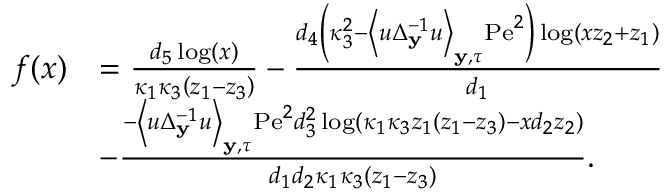
\begin{array} { r l } { f ( x ) } & { = \frac { d _ { 5 } \log ( x ) } { \kappa _ { 1 } \kappa _ { 3 } \left( z _ { 1 } - z _ { 3 } \right) } - \frac { d _ { 4 } \left( \kappa _ { 3 } ^ { 2 } - \left\langle u \Delta _ { \mathbf { y } } ^ { - 1 } u \right\rangle _ { \mathbf { y } , \tau } \mathrm { P e } ^ { 2 } \right) \log \left( x z _ { 2 } + z _ { 1 } \right) } { d _ { 1 } } } \\ & { - \frac { - \left\langle u \Delta _ { \mathbf { y } } ^ { - 1 } u \right\rangle _ { \mathbf { y } , \tau } \mathrm { P e } ^ { 2 } d _ { 3 } ^ { 2 } \log \left( \kappa _ { 1 } \kappa _ { 3 } z _ { 1 } \left( z _ { 1 } - z _ { 3 } \right) - x d _ { 2 } z _ { 2 } \right) } { d _ { 1 } d _ { 2 } \kappa _ { 1 } \kappa _ { 3 } \left( z _ { 1 } - z _ { 3 } \right) } . } \end{array}